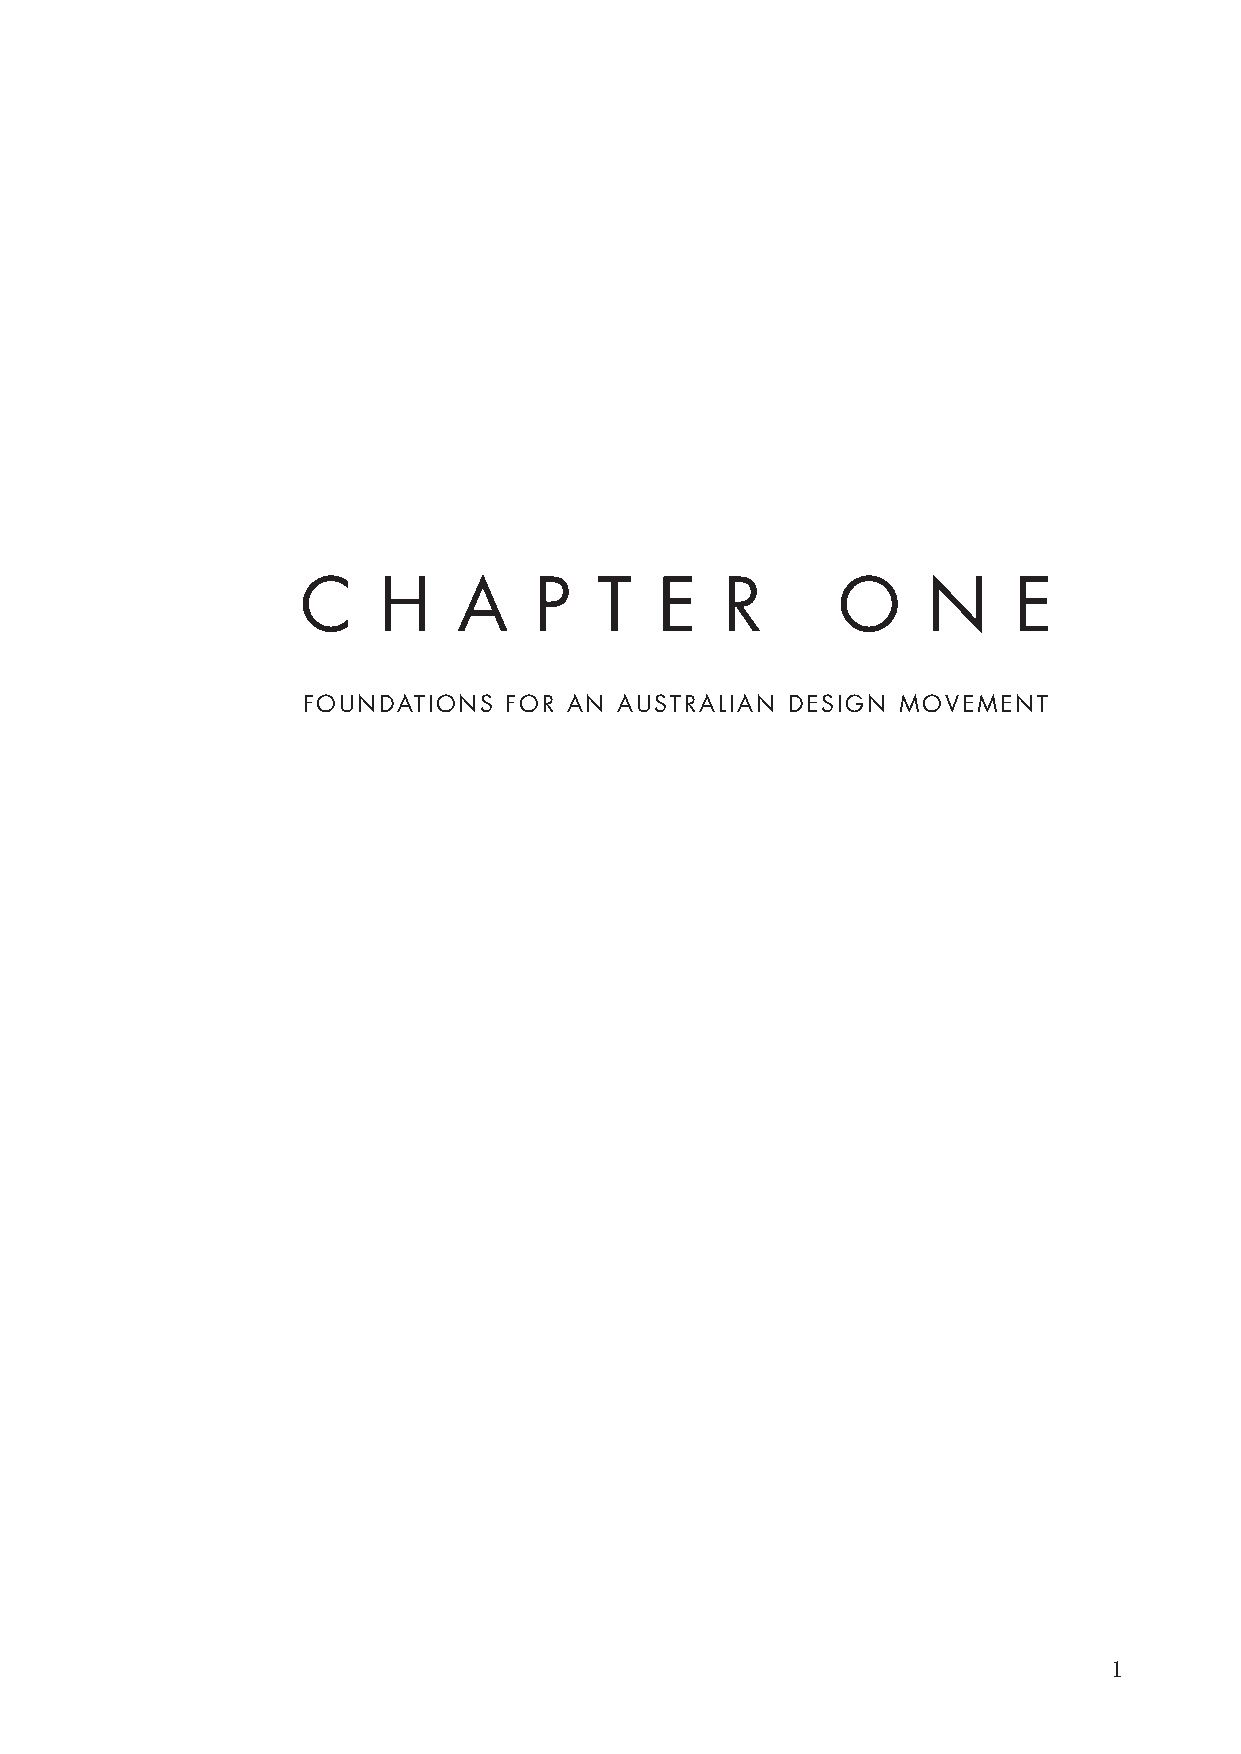
C    H    A    P    T   E   R      O     N     E
 FOUNDATIONS   FOR AN AUSTRALIAN DESIGN MOVEMENT
 1